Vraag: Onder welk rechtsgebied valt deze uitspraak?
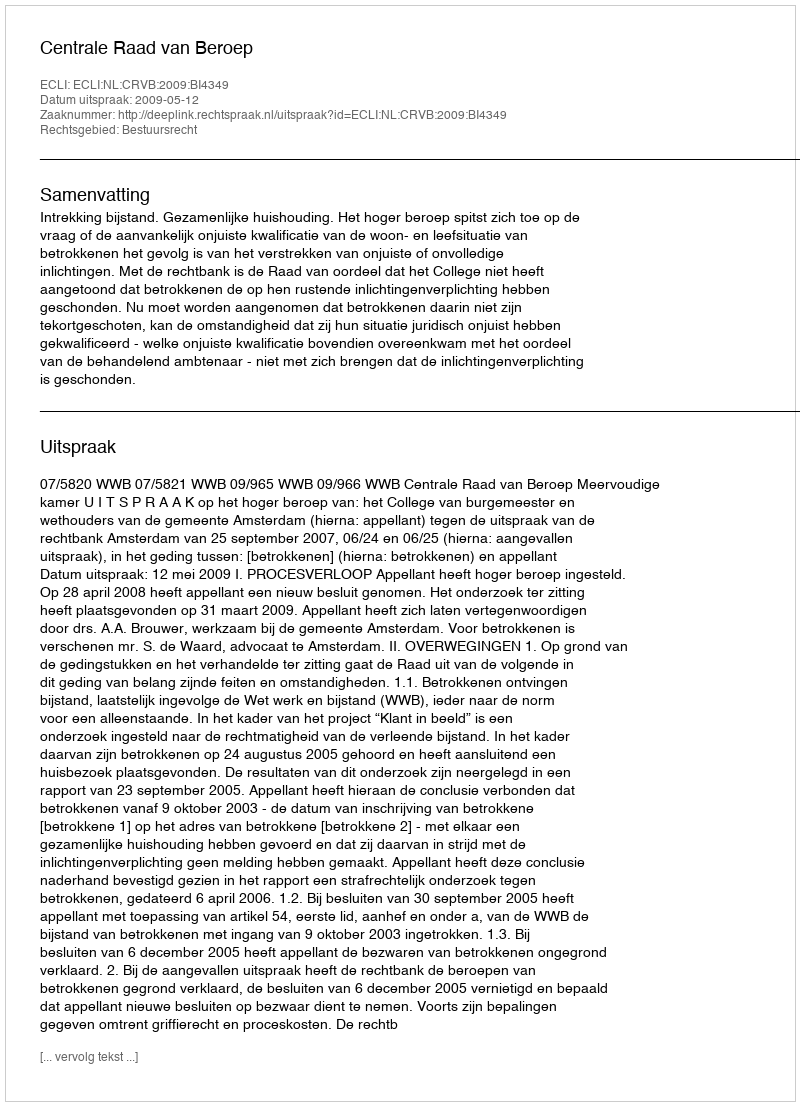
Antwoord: Bestuursrecht